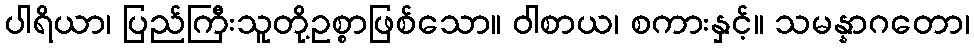
ပါရိယာ၊ ပြည်ကြီးသူတို့ဥစ္စာဖြစ်သော။ ဝါစာယ၊ စကားနှင့်။ သမန္နာဂတော၊